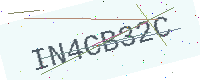
Text: IN4CB32C